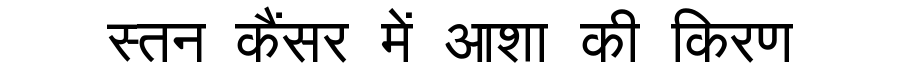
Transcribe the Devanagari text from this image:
स्तन कैंसर में आशा की किरण